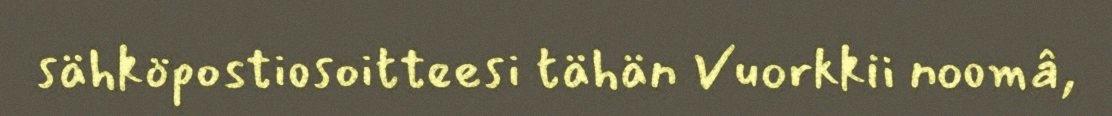
sähköpostiosoitteesi tähän Vuorkkii noomâ,